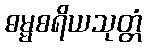
ဓမ္မစရိယသုတ္တံ